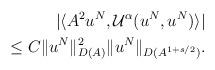
LaTeX: \begin{align*}|\langle A^2 u^N,\mathcal{U}^\alpha(u^N,u^N)\rangle|\\\leq C\|u^N\|_{D(A)}^2\|u^N\|_{D(A^{1+s/2})}.\end{align*}